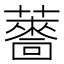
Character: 𮒙